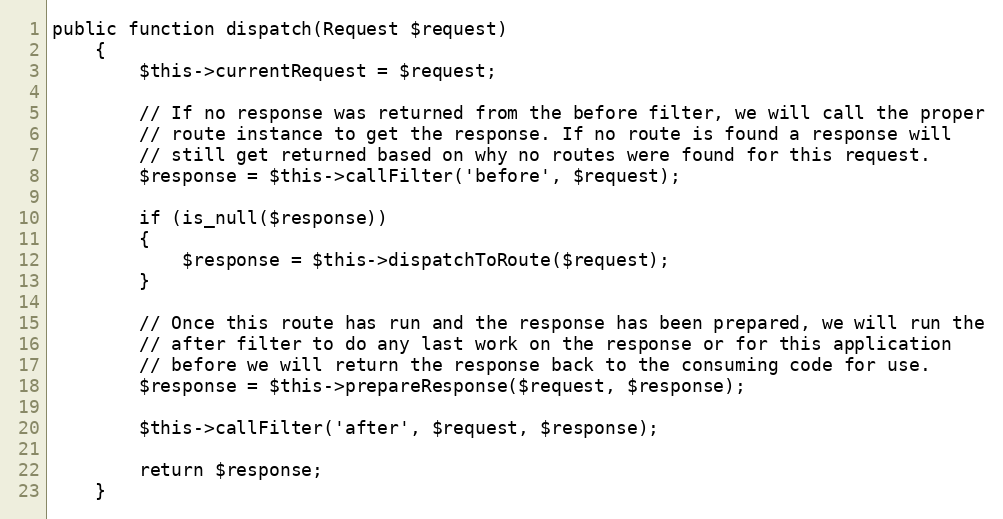
Language: PHP
public function dispatch(Request $request)
	{
		$this->currentRequest = $request;

		// If no response was returned from the before filter, we will call the proper
		// route instance to get the response. If no route is found a response will
		// still get returned based on why no routes were found for this request.
		$response = $this->callFilter('before', $request);

		if (is_null($response))
		{
			$response = $this->dispatchToRoute($request);
		}

		// Once this route has run and the response has been prepared, we will run the
		// after filter to do any last work on the response or for this application
		// before we will return the response back to the consuming code for use.
		$response = $this->prepareResponse($request, $response);

		$this->callFilter('after', $request, $response);

		return $response;
	}